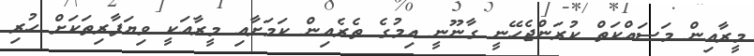
މީރާއިން މަސައްކަތް ކުރަންޖެހޭނީ ގާނޫނީ އިމުގެ ތެރެއިން ކަމަށާއި މީރާއަކީ ވިޔަފާރިތަކަށް ހުރި